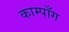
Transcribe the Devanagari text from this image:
काम्पाँग